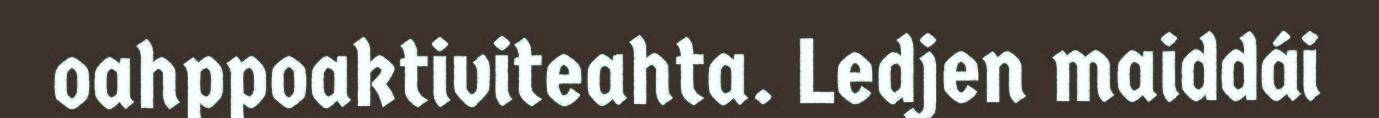
oahppoaktiviteahta. Ledjen maiddái